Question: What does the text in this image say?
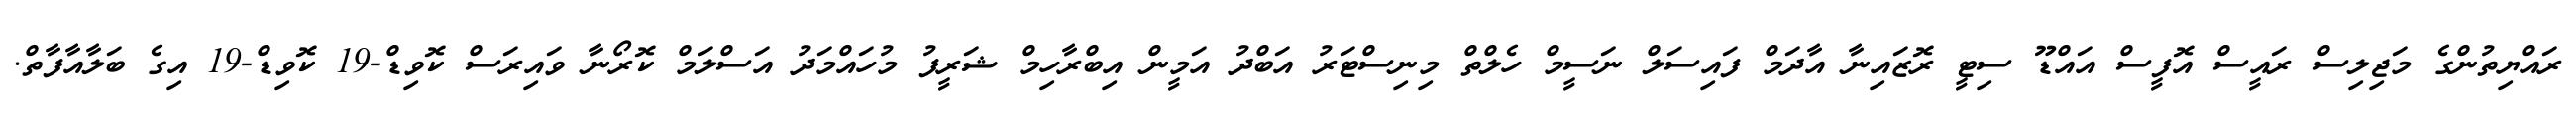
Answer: ރައްޔިތުންގެ މަޖިލިސް ރައީސް އޮފީސް އައްޑޫ ސިޓީ ރޮޒައިނާ އާދަމް ފައިސަލް ނަސީމް ހެލްތް މިނިސްޓަރު އަބްދު އަމީން އިބްރާހިމް ޝަރީފު މުހައްމަދު އަސްލަމް ކޮރޯނާ ވައިރަސް ކޮވިޑް-19 ކޮވިޑް-19 އިގެ ބަލާއާފާތް.